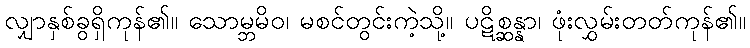
လျှာနှစ်ခွရှိကုန်၏။ သောမ္ဘမိဝ၊ မစင်တွင်းကဲ့သို့။ ပဋိစ္ဆန္နာ၊ ဖုံးလွှမ်းတတ်ကုန်၏။